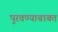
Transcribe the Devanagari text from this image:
पुरवण्याबाबत